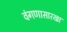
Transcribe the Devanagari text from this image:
वंगणासारखा